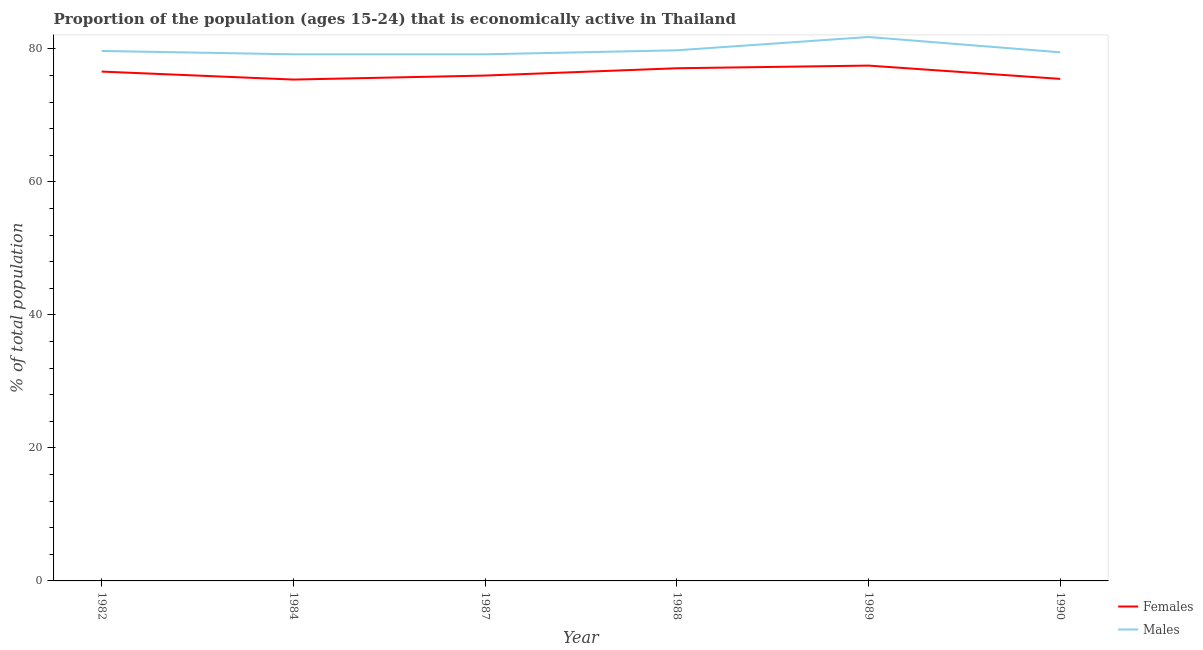
| Year | Females | Males |
 | --- | --- | --- |
 | 1982 | 76.6 | 79.7 |
 | 1984 | 75.4 | 79.2 |
 | 1987 | 76 | 79.2 |
 | 1988 | 77.1 | 79.8 |
 | 1989 | 77.5 | 81.8 |
 | 1990 | 75.5 | 79.5 |